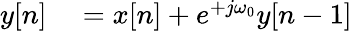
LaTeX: \begin{array}{rl}{y[n]}&{{}=x[n]+e^{+j\omega_{0}}y[n-1]}\end{array}